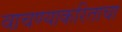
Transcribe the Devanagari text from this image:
वाचण्याकरिताचा